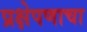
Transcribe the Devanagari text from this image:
प्रक्षेपणाचा